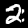
Label: 2